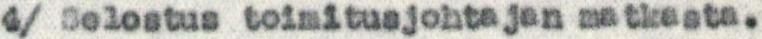
4/ Selostus toimitusjohtajan matkasta.